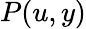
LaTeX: P(u,y)